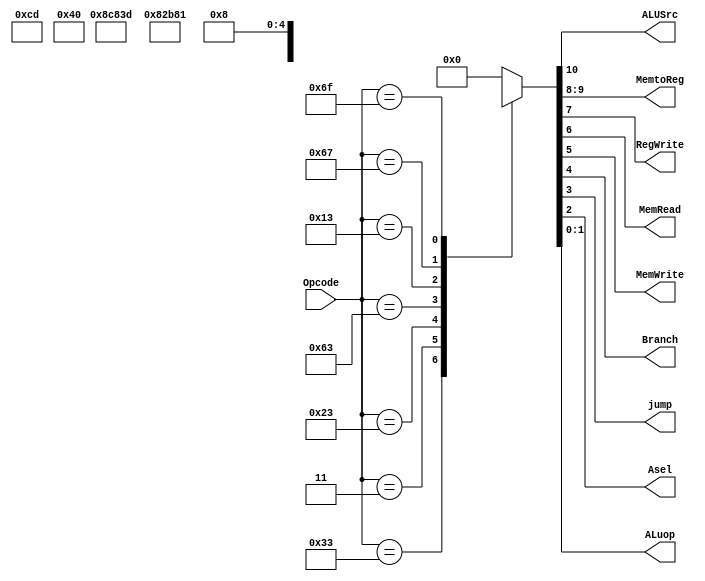
`timescale 1ns / 1ps
//////////////////////////////////////////////////////////////////////////////////
// Company: 
// Engineer: 
// 
// Design Name: 
// Module Name: MainController
// Project Name: 
// Target Devices: 
// Tool Versions: 
// Description: 
// 
// Dependencies: 
// 
// Revision:
// Revision 0.01 - File Created
// Additional Comments:
// 
//////////////////////////////////////////////////////////////////////////////////

module mainController(
    input [6:0] Opcode,
    output ALUSrc,
    output [1:0] MemtoReg,
    output RegWrite,
    output MemRead,
    output MemWrite,
    output Branch,
    output jump,
    output Asel,
    output [1:0] ALuop
);
    reg [10:0] control;
    assign {ALUSrc, MemtoReg, RegWrite, MemRead, MemWrite, Branch, jump, Asel, ALuop} = control;

    always @(*) begin
        case (Opcode)
            7'b0110011: control <= 11'b00010000010; // R-type
            7'b0000011: control <= 11'b10111000000; // lw-type
            7'b0100011: control <= 11'b1xx00100000; // s-type
            7'b1100011: control <= 11'b0xx00010001; // sb-type
            7'b0010011: control <= 11'b10010000011; // I-type
            7'b1100111: control <= 11'b1101xx01100; // jalr-type
            7'b1101111: control <= 11'b1101xx01000; // jal-type
            default: control <= 11'b00000000000; // default case
        endcase
    end
endmodule